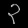
Digit: ၃